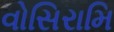
વોસિરામિ